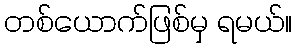
တစ်ယောက်ဖြစ်မှ ရမယ်။